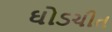
ઘોડચીત